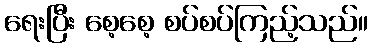
ရေးပြီး စေ့စေ့ စပ်စပ်ကြည့်သည်။